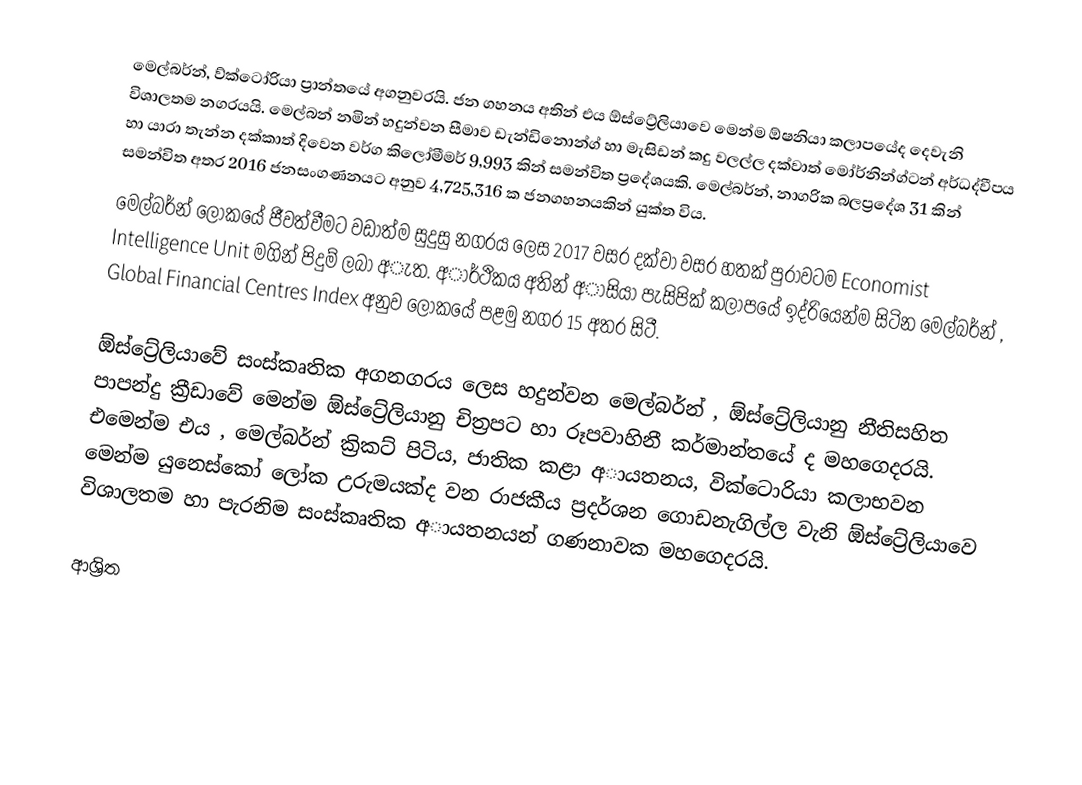
මෙල්බර්න්, ව්ක්ටෝරියා ප්‍රාන්තයේ අගනුවරයි. ජන ගහනය අතින් එය ඕස්ට්‍රේලියාවෙ මෙන්ම ඕෂනියා කලාපයේද දෙවැනි විශාලතම නගරයයි. මෙල්බන් නමින් හදුන්වන සීමාව ඩැන්ඩිනොන්ග් හා මැසිඩන් කදු වලල්ල දක්වාත් මෝර්නින්ග්ටන් අර්ධද්වීපය හා යාරා තැන්න දක්කාත් දිවෙන වර්ග කිලෝමීමර් 9,993 කින් සමන්විත ප්‍රදේශයකි. මෙල්බර්න්, නාගරික බලප්‍රදේශ 31 කින් සමන්විත අතර 2016 ජනසංගණනයට අනුව 4,725,316 ක ජනගහනයකින් යුක්ත විය.
මෙල්බර්න් ලොකයේ ජීවත්වීමට වඩාත්ම සුදුසු නගරය ලෙස 2017 වසර දක්වා වසර හතක් පුරාවටම Economist Intelligence Unit මගින් පිදුම් ලබා අැත. අාර්ථිකය අතින් අාසියා පැසිපික් කලාපයේ ඉද්රියෙන්ම සිටින මෙල්බර්න් , Global Financial Centres Index අනුව ලෝකයේ පළමු නගර 15 අතර සිටී.

ඕස්ට්‍රේලියාවේ සංස්කෘතික අගනගරය ලෙස හදුන්වන මෙල්බර්න් , ඕස්ට්‍රේලියානු නීතිසහිත පාපන්දු ක්‍රීඩාවේ මෙන්ම ඕස්ට්‍රේලියානු චිත්‍රපට හා රූපවාහිනී කර්මාන්තයේ ද මහගෙදරයි. එමෙන්ම එය , මෙල්බර්න් ක්‍රිකට් පිටිය, ජාතික කළා අායතනය, වික්ටොරියා කලාභවන මෙන්ම යුනෙස්කෝ ලෝක උරුමයක්ද වන රාජකීය ප්‍රදර්ශන ගොඩනැගිල්ල වැනි ඕස්ට්‍රේලියාවෙ විශාලතම හා පැරනිම සංස්කෘතික අායතනයන් ගණනාවක මහගෙදරයි.

ආශ්‍රිත